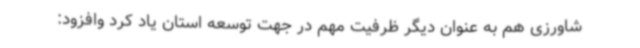
شاورزی هم به عنوان دیگر ظرفیت مهم در جهت توسعه استان یاد کرد وافزود: